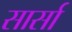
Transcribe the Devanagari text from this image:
सार्सा